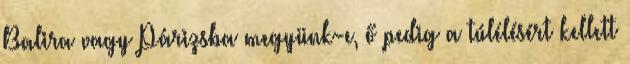
Balira vagy Párizsba megyünk-e, ő pedig a túlélésért kellett